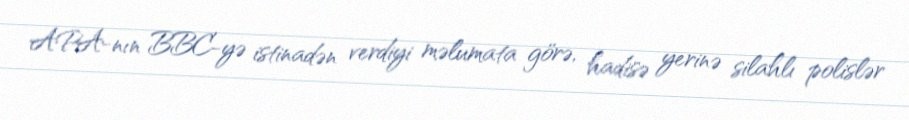
APA-nın BBC-yə istinadən verdiyi məlumata görə, hadisə yerinə silahlı polislər